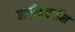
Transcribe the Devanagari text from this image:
लाईफटाईम